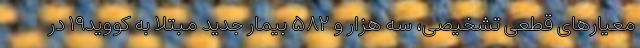
معیارهای قطعی تشخیصی، سه هزار و ۵۸۲ بیمار جدید مبتلا به کووید۱۹ در